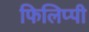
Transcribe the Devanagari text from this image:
फिलिप्पी